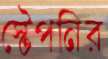
স্টেপনির